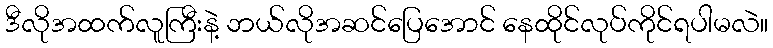
ဒီလိုအထက်လူကြီးနဲ့ ဘယ်လိုအဆင်ပြေအောင် နေထိုင်လုပ်ကိုင်ရပါမလဲ။